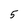
Character: 5